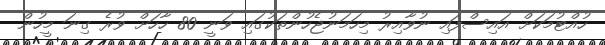
ހުއްޓުމަކަށް އައިސްފައި ނުވާއިރު މިހަމަނުޖެހުންތަކުގައި ވަނީ 80 ހާހަށް ވުރެ ގިނަ މީހުން